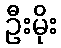
ဦးမိုး